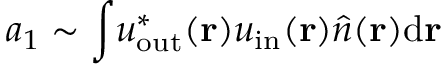
a _ { 1 } \sim \int \! u _ { \mathrm { o u t } } ^ { * } ( \mathbf { r } ) u _ { \mathrm { i n } } ( \mathbf { r } ) \hat { n } ( \mathbf { r } ) \mathrm { d } \mathbf { r }